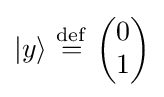
|y\rangle \ {\stackrel {\mathrm {def} }{=}}\ {\begin{pmatrix}0\\1\end{pmatrix}}